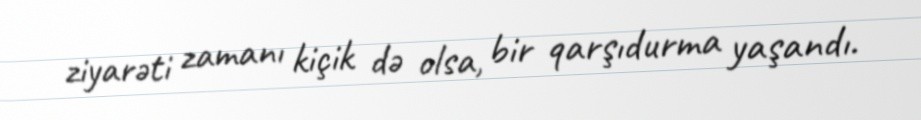
ziyarəti zamanı kiçik də olsa, bir qarşıdurma yaşandı.